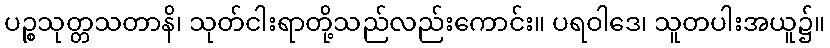
ပဉ္စသုတ္တသတာနိ၊ သုတ်ငါးရာတို့သည်လည်းကောင်း။ ပရဝါဒေ၊ သူတပါးအယူ၌။